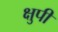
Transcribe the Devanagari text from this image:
क्षुपी